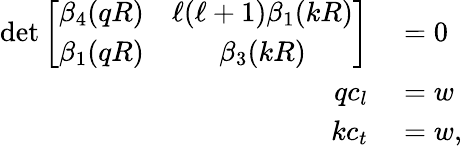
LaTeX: \begin{array}{rl}{\mathrm{det}\left[\begin{array}{cc}{\beta_{4}(qR)}&{\ell(\ell+1)\beta_{1}(kR)}\\ {\beta_{1}(qR)}&{\beta_{3}(kR)}\end{array}\right]}&{{}=0}\\ {qc_{l}}&{{}=w}\\ {kc_{t}}&{{}=w,}\end{array}